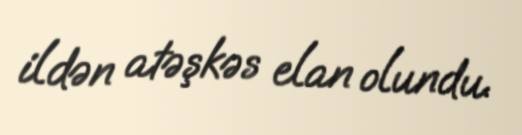
ildən atəşkəs elan olundu.